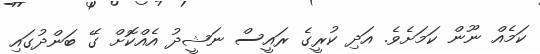
ކަމެއް ނޫން ކަމަށެވެ. އަދި ކުރީގެ ރައީސް ނަޝީދު އެއްކޮށް ގޭ ބަންދުގައި